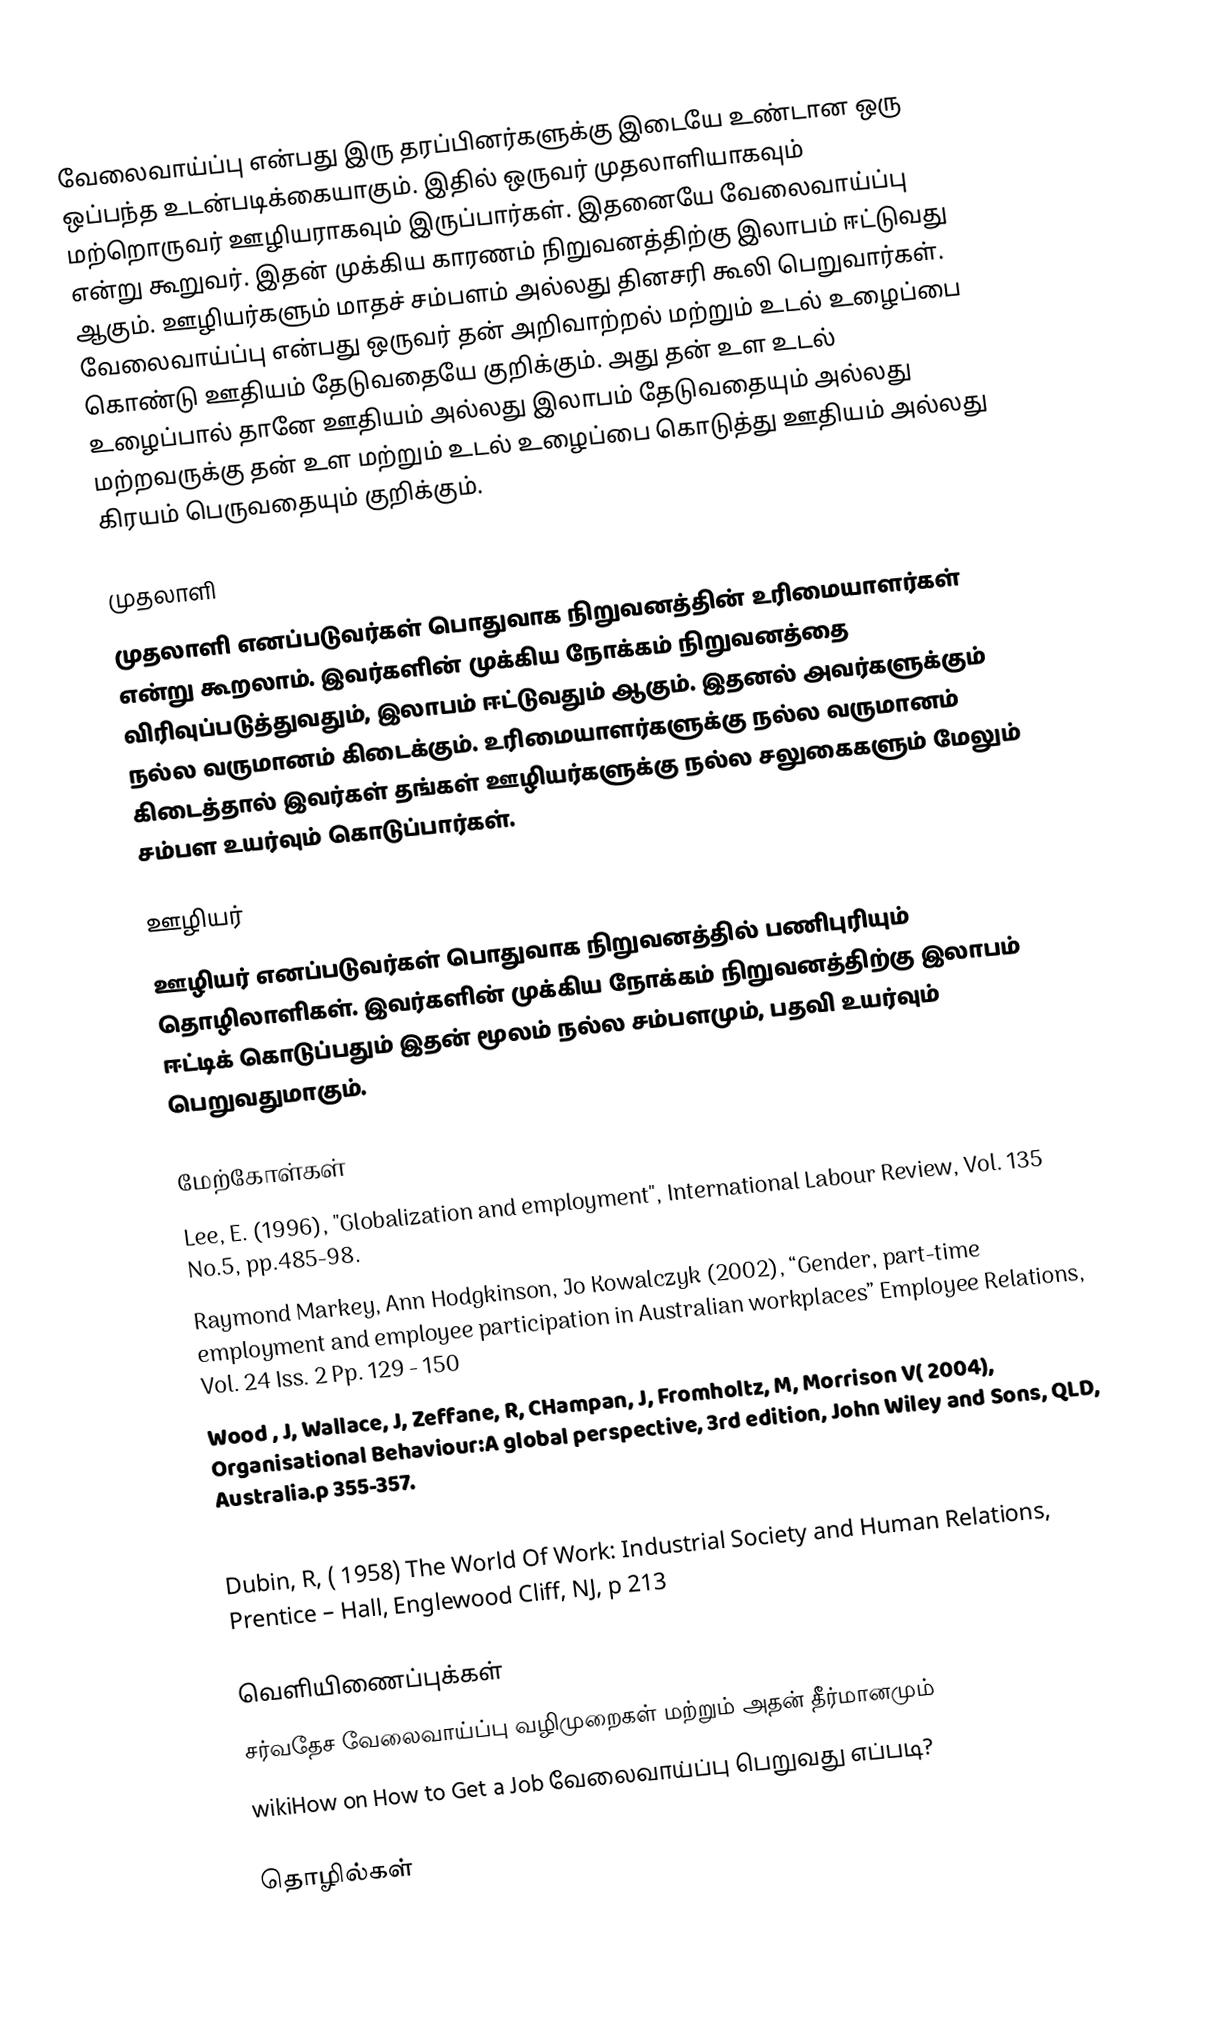
வேலைவாய்ப்பு என்பது இரு தரப்பினர்களுக்கு இடையே உண்டான ஒரு ஒப்பந்த உடன்படிக்கையாகும். இதில் ஒருவர் முதலாளியாகவும் மற்றொருவர் ஊழியராகவும் இருப்பார்கள். இதனையே வேலைவாய்ப்பு என்று கூறுவர். இதன் முக்கிய காரணம்  நிறுவனத்திற்கு இலாபம் ஈட்டுவது ஆகும். ஊழியர்களும் மாதச் சம்பளம் அல்லது தினசரி கூலி பெறுவார்கள். வேலைவாய்ப்பு என்பது ஒருவர் தன் அறிவாற்றல் மற்றும் உடல் உழைப்பை கொண்டு ஊதியம் தேடுவதையே குறிக்கும். அது தன் உள உடல் உழைப்பால் தானே ஊதியம் அல்லது இலாபம் தேடுவதையும் அல்லது மற்றவருக்கு தன் உள மற்றும் உடல் உழைப்பை கொடுத்து ஊதியம் அல்லது கிரயம் பெருவதையும் குறிக்கும்.

முதலாளி
முதலாளி எனப்படுவர்கள் பொதுவாக நிறுவனத்தின் உரிமையாளர்கள் என்று கூறலாம். இவர்களின் முக்கிய நோக்கம் நிறுவனத்தை விரிவுப்படுத்துவதும், இலாபம் ஈட்டுவதும் ஆகும். இதனல் அவர்களுக்கும் நல்ல வருமானம் கிடைக்கும். உரிமையாளர்களுக்கு நல்ல வருமானம் கிடைத்தால் இவர்கள் தங்கள் ஊழியர்களுக்கு நல்ல சலுகைகளும் மேலும் சம்பள உயர்வும் கொடுப்பார்கள்.

ஊழியர்
ஊழியர் எனப்படுவர்கள் பொதுவாக நிறுவனத்தில் பணிபுரியும் தொழிலாளிகள். இவர்களின் முக்கிய நோக்கம் நிறுவனத்திற்கு இலாபம் ஈட்டிக் கொடுப்பதும் இதன் மூலம் நல்ல சம்பளமும், பதவி உயர்வும் பெறுவதுமாகும்.

மேற்கோள்கள்
 Lee, E. (1996), "Globalization and employment", International Labour Review, Vol. 135 No.5, pp.485-98.
 Raymond Markey, Ann Hodgkinson, Jo Kowalczyk (2002), “Gender, part-time employment and employee participation in Australian workplaces” Employee Relations, Vol. 24 Iss. 2 Pp. 129 - 150
 Wood , J, Wallace, J, Zeffane, R, CHampan, J, Fromholtz, M, Morrison V( 2004), Organisational Behaviour:A global perspective, 3rd edition, John Wiley and Sons, QLD, Australia.p 355-357.
 Stone, R, (2005), Human Resource Management, 5th edition, John Wiley and Sons, QLD Australia.p 412-414
 Dubin, R, ( 1958) The World Of Work: Industrial Society and Human Relations, Prentice – Hall, Englewood Cliff, NJ, p 213

வெளியிணைப்புக்கள்
 சர்வதேச வேலைவாய்ப்பு வழிமுறைகள் மற்றும் அதன் தீர்மானமும்
 wikiHow on How to Get a Job வேலைவாய்ப்பு  பெறுவது எப்படி?

தொழில்கள்

ru:Работник